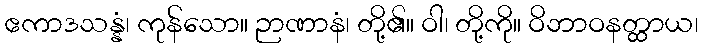
ဧကာဒသန္နံ၊ ကုန်သော။ ဉာဏာနံ၊ တို့၏။ ဝါ၊ တို့ကို။ ဝိဘာဝနတ္ထာယ၊